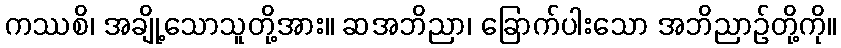
ကဿစိ၊ အချို့သောသူတို့အား။ ဆအဘိညာ၊ ခြောက်ပါးသော အဘိညာဉ်တို့ကို။